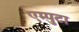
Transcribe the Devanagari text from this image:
एम्पुटा